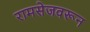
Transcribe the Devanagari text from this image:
रामसेजवरून